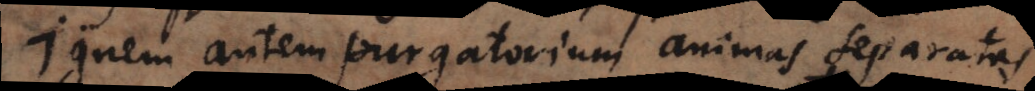
Ignem autem purgatorium animas separatas